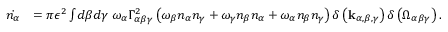
\begin{array} { r l } { \dot { n _ { \alpha } } } & { = \pi \epsilon ^ { 2 } \int \! d \beta d \gamma \ \omega _ { \alpha } \Gamma _ { \alpha \beta \gamma } ^ { 2 } \left( \omega _ { \beta } n _ { \alpha } n _ { \gamma } + \omega _ { \gamma } n _ { \beta } n _ { \alpha } + \omega _ { \alpha } n _ { \beta } n _ { \gamma } \right) \delta \left( \mathbf { k } _ { \alpha , \beta , \gamma } \right) \delta \left( \Omega _ { \alpha \beta \gamma } \right) . } \end{array}